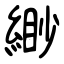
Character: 緲